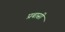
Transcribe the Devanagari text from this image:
प्रबासी